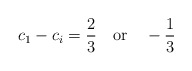
\begin{align*}c_1-c_i=\frac{2}{3} \quad {\rm or} \quad -\frac{1}{3}\end{align*}